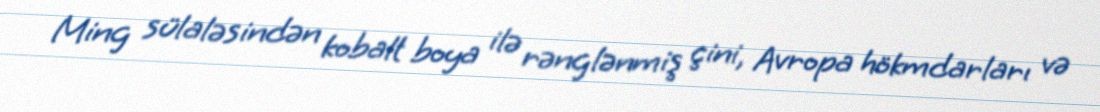
Ming sülaləsindən kobalt boya ilə rənglənmiş çini, Avropa hökmdarları və